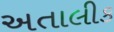
અતાલીક